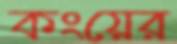
কংয়ের